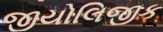
જીયોલિજીક